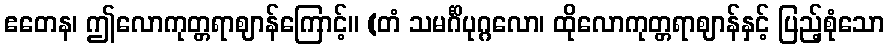
ဧတေန၊ ဤလောကုတ္တရာဈာန်ကြောင့်။ (တံ သမင်္ဂိပုဂ္ဂလော၊ ထိုလောကုတ္တရာဈာန်နှင့် ပြည့်စုံသော